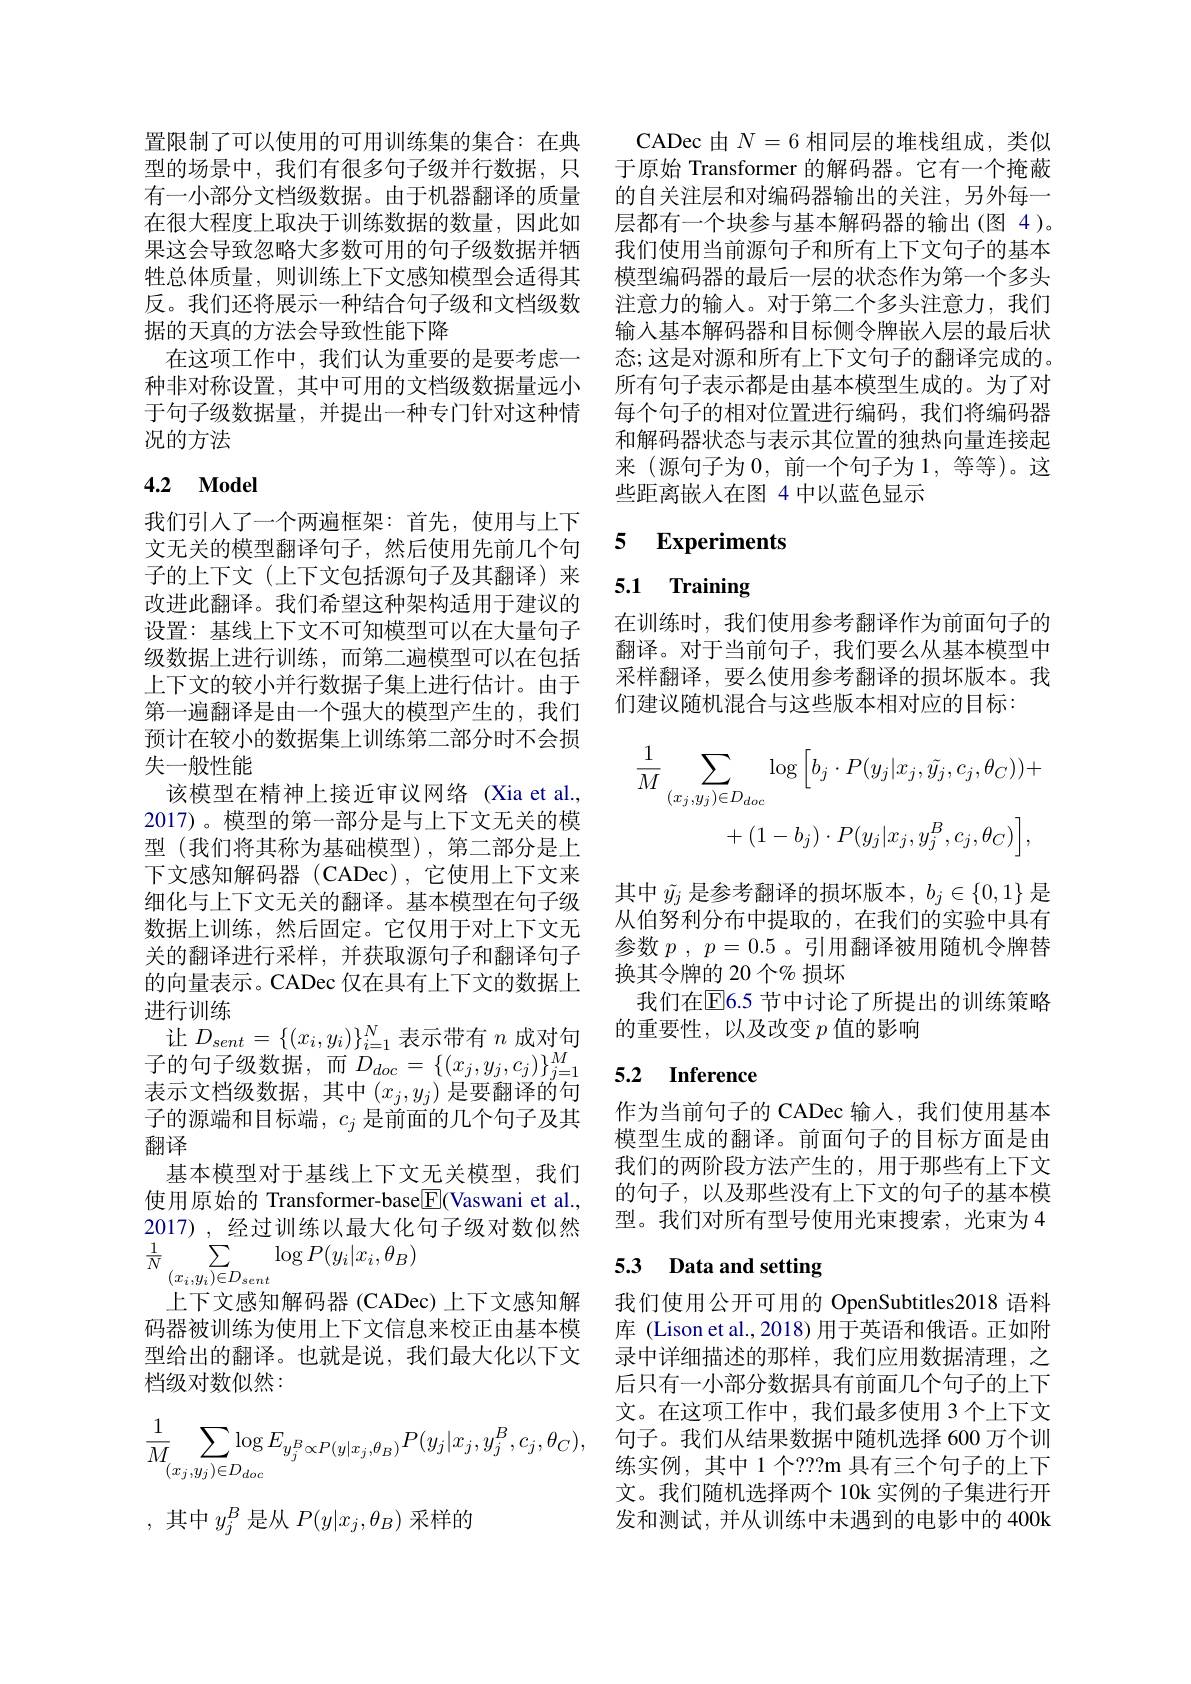
置限制了可以使用的可用训练集的集合：在典
型的场景中，我们有很多句子级并行数据，只 于原始 Transformer 的解码器。它有一个掩蔽有一小部分文档级数据。由于机器翻译的质量 的自关注层和对编码器输出的关注，另外每一在很大程度上取决于训练数据的数量，因此如 层都有一个块参与基本解码器的输出(图 4)。果这会导致忽略大多数可用的句子级数据并牺牲总体质量，则训练上下文感知模型会适得其反。我们还将展示一种结合句子级和文档级数据的天真的方法会导致性能下降
在这项工作中，我们认为重要的是要考虑一种非对称设置，其中可用的文档级数据量远小于句子级数据量，并提出一种专门针对这种情况的方法

## 4.2 Model

我们引入了一个两遍框架：首先，使用与上下文无关的模型翻译句子，然后使用先前几个句子的上下文(上下文包括源句子及其翻译)来改进此翻译。我们希望这种架构适用于建议的设置：基线上下文不可知模型可以在大量句子级数据上进行训练，而第二遍模型可以在包括上下文的较小并行数据子集上进行估计。由于第一遍翻译是由一个强大的模型产生的，我们预计在较小的数据集上训练第二部分时不会损失一般性能
该模型在精神上接近审议网络(Xia et al., 2017)。模型的第一部分是与上下文无关的模型(我们将其称为基础模型),第二部分是上下文感知解码器(CADec),它使用上下文来细化与上下文无关的翻译。基本模型在句子级数据上训练，然后固定。它仅用于对上下文无关的翻译进行采样，并获取源句子和翻译句子的向量表示。CADec 仅在具有上下文的数据上进行训练
让$D_sent=\{(x_i,y_i)\}_{i=1}^N$表示带有$n$成对句子的句子级数据，而$D_doc=\{(x_j,y_j,c_j)\}_{j=1}^M$ 表示文档级数据，其中$\left(x_j,y_j\right)$是要翻译的句子的源端和目标端，$c_j$是前面的几个句子及其翻译
基本模型对于基线上下文无关模型，我们使用原始的 Transformer-base[E](Vaswani et al., 2017), 经过训练以最大化句子级对数似然$\frac{1}{N}\sum_{(x_{i},y_{i})\in D_{sent}}\log P(y_{i}|x_{i},\theta_{B})$
上下文感知解码器(CADec) 上下文感知解码器被训练为使用上下文信息来校正由基本模型给出的翻译。也就是说，我们最大化以下文档级对数似然：
$$\frac{1}{M}\sum_{(x_j,y_j)\in D_{doc}}\log E_{y_j^B\propto P(y|x_j,\theta_B)}P(y_j|x_j,y_j^B,c_j,\theta_C),$$
,其中$y_{j}^{B}$是从$P(y|x_{j},\theta_{B})$采样的

CADec 由$N=6$相同层的堆栈组成，类似我们使用当前源句子和所有上下文句子的基本模型编码器的最后一层的状态作为第一个多头注意力的输入。对于第二个多头注意力，我们输入基本解码器和目标侧令牌嵌入层的最后状态；这是对源和所有上下文句子的翻译完成的。所有句子表示都是由基本模型生成的。为了对每个句子的相对位置进行编码，我们将编码器和解码器状态与表示其位置的独热向量连接起来(源句子为0，前一个句子为 1, 等等)。这些距离嵌入在图 4 中以蓝色显示

### 5 $\textbf{Experiments}$

## 5.1 Training

在训练时，我们使用参考翻译作为前面句子的翻译。对于当前句子，我们要么从基本模型中采样翻译，要么使用参考翻译的损坏版本。我们建议随机混合与这些版本相对应的目标：
$$\frac{1}{M}\sum_{(x_{j},y_{j})\in D_{doc}}\log\left[b_{j}\cdot P(y_{j}|x_{j},\tilde{y_{j}},c_{j},\theta_{C})\right)+\\+(1-b_{j})\cdot P(y_{j}|x_{j},y_{j}^{B},c_{j},\theta_{C})\Big],$$
其中$\tilde{y_j}$是参考翻译的损坏版本$,b_j\in\{0,1\}$是从伯努利分布中提取的，在我们的实验中具有参数$p$ , $p= 0. 5$ 。引用翻译被用随机令牌替换其令牌的 20 个$\%$ 损坏
我们在$\overline{\mathrm{E}}$6.5 节中讨论了所提出的训练策略
的重要性，以及改变$p$值的影响

# 5.2 Inference

作为当前句子的 CADec 输入，我们使用基本模型生成的翻译。前面句子的目标方面是由我们的两阶段方法产生的，用于那些有上下文的句子，以及那些没有上下文的句子的基本模型。我们对所有型号使用光束搜索，光束为 4

## 5.3 Data and setting

我们使用公开可用的 OpenSubtitles2018 语料库 (Lison et al., 2018) 用于英语和俄语。正如附录中详细描述的那样，我们应用数据清理，之后只有一小部分数据具有前面几个句子的上下文。在这项工作中，我们最多使用 3个上下文句子。我们从结果数据中随机选择 600 万个训练实例，其中 1 个？??m 具有三个句子的上下文。我们随机选择两个 10k 实例的子集进行开发和测试，并从训练中未遇到的电影中的 400k